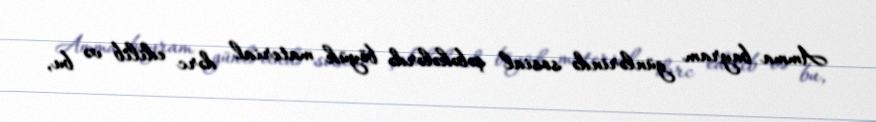
Amma bayram günlərində sosial şəbəkələrdə böyük material dərc edilib və bu,